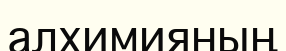
алхимияның